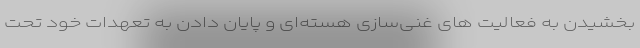
بخشیدن به فعالیت های غنی‌سازی هسته‌ای و پایان دادن به تعهدات خود تحت